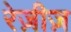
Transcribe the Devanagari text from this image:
रेज़ीज़